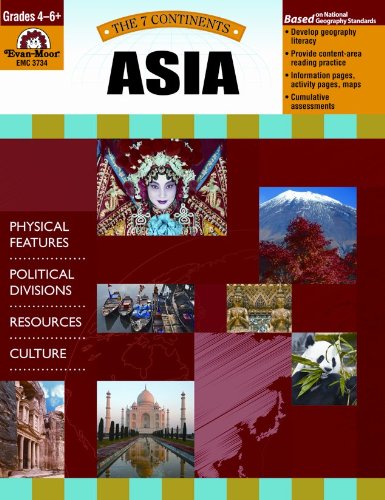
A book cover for Asia (7 Continents); Evan Moor; Children's Books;